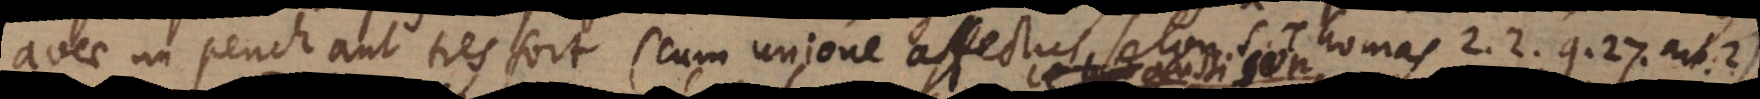
avec un penchant tres fort (cum unione affectus, selon S. Thomas 2.2, q. 27, art. 2)